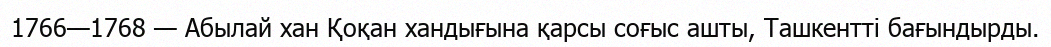
1766—1768 — Абылай хан Қоқан хандығына қарсы соғыс ашты, Ташкентті бағындырды.